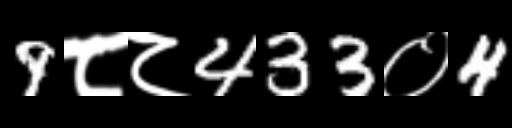
Text: 9८८433०4